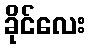
ခိုင်လေး